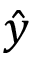
\hat { y }